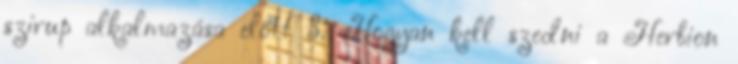
szirup alkalmazása előtt 3. Hogyan kell szedni a Herbion